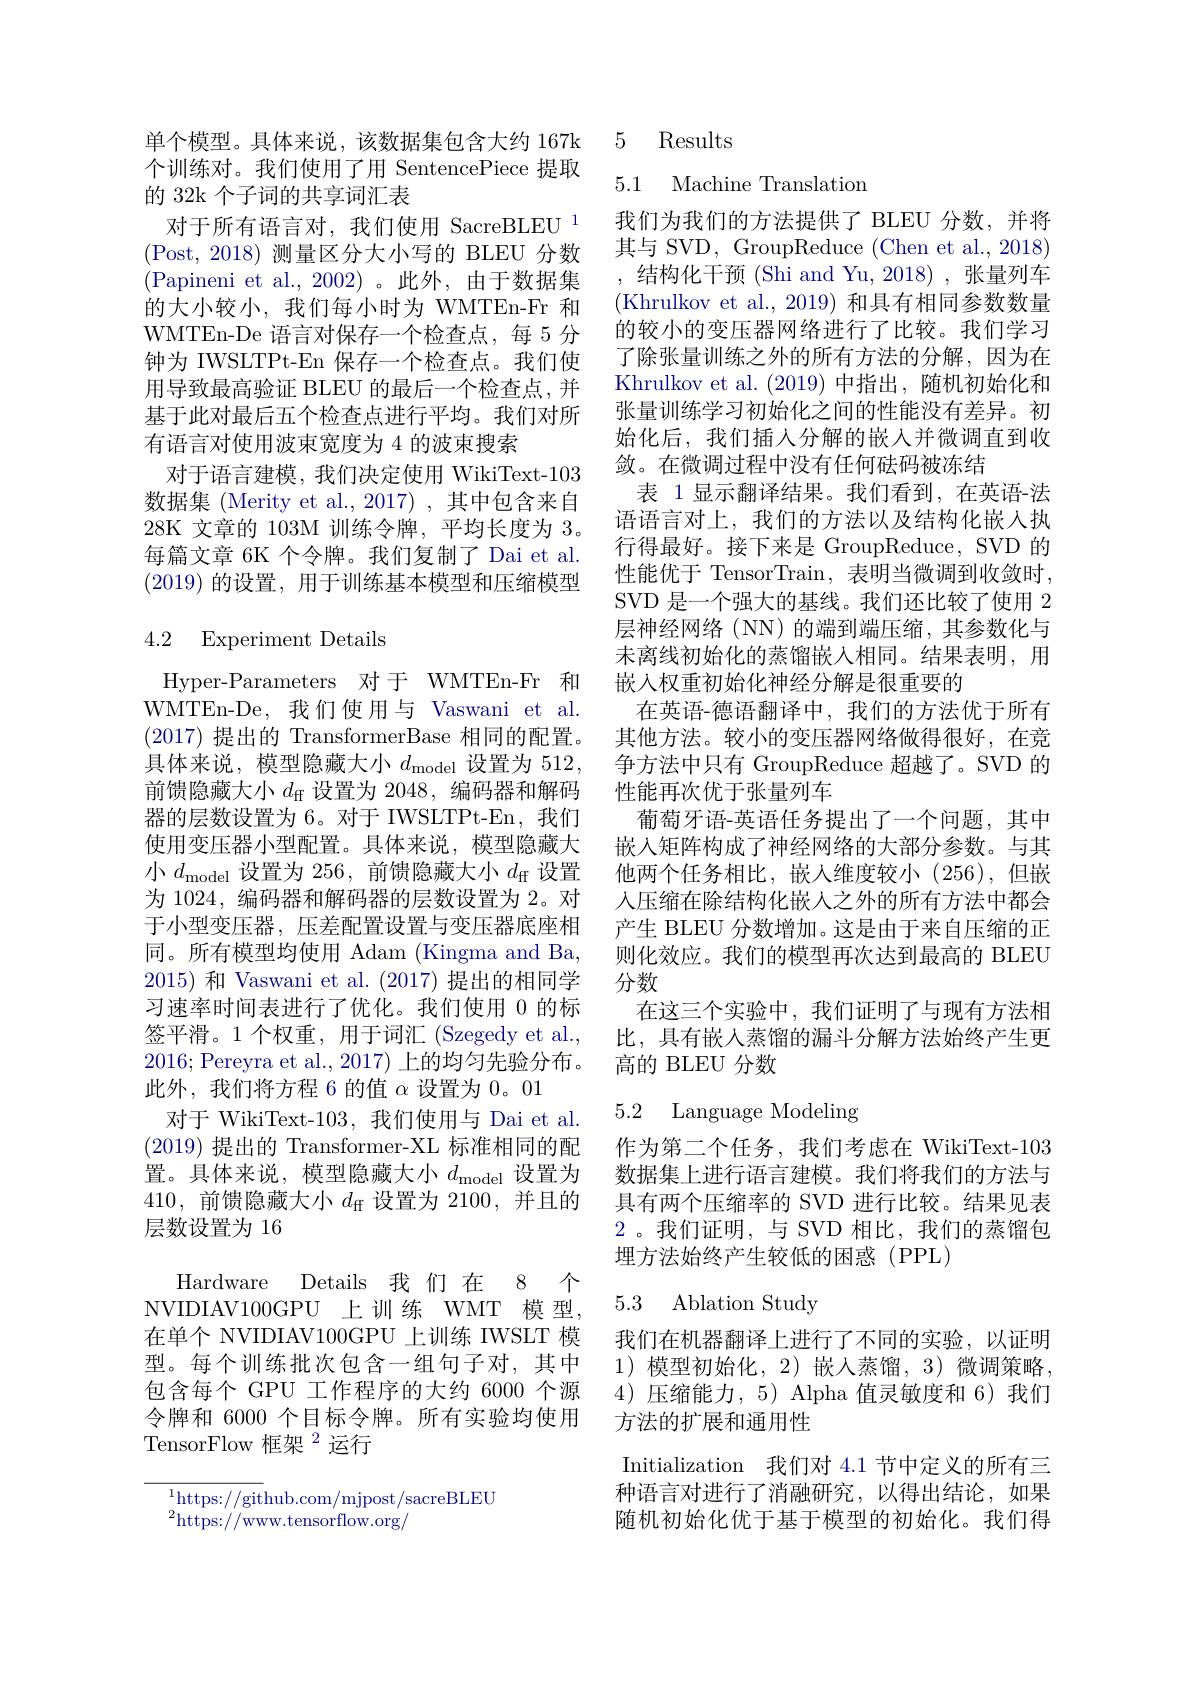
个训练对。我们使用了用 SentencePiece 提取
的 32k 个子词的共享词汇表
对于所有语言对，我们使用 SacreBLEU $^{1}$ (Post,2018)测量区分大小写的 BLEU 分数(Papineni et al.,2002)。此外，由于数据集的大小较小，我们每小时为 WMTEn-Fr 和WMTEn-De 语言对保存一个检查点，每 5 分钟为 IWSLTPt-En 保存一个检查点。我们使用导致最高验证 BLEU 的最后一个检查点，并基于此对最后五个检查点进行平均。我们对所有语言对使用波束宽度为 4 的波束搜索
对于语言建模，我们决定使用 WikiText-103数据集 (Merity et al., 2017) , 其中包含来自28K 文章的 103M 训练令牌，平均长度为 3。每篇文章 6K 个令牌。我们复制了 Dai et al. (2019)的设置，用于训练基本模型和压缩模型

### 4.2 Experiment Details

Hyper-Parameters 对于 WMTEn-Fr 和WMTEn-De,我们使用与 Vaswani et al. (2017)提出的 TransformerBase 相同的配置。具体来说，模型隐藏大小$d_\mathrm{model}$设置为 512, 前馈隐藏大小$d_\mathrm{ff}$设置为 2048, 编码器和解码器的层数设置为 6。对于 IWSLTPt-En, 我们使用变压器小型配置。具体来说，模型隐藏大小$d_\mathrm{model}$设置为 256,前馈隐藏大小$d_\mathrm{ff}$ 设置为 1024, 编码器和解码器的层数设置为 2。对于小型变压器，压差配置设置与变压器底座相同。所有模型均使用 Adam (Kingma and Ba, 2015)和 Vaswani et al. (2017) 提出的相同学习速率时间表进行了优化。我们使用 0 的标签平滑。1 个权重，用于词汇 (Szegedy et al., 2016; Pereyra et al., 2017) 上的均匀先验分布。此外，我们将方程 6 的值$\alpha$设置为0。01
对于 WikiText-103,我们使用与 Dai et al. (2019)提出的 Transformer-XL 标准相同的配置。具体来说，模型隐藏大小$d_\mathrm{model}$设置为410,前馈隐藏大小$d_\mathrm{ff}$设置为 2100,并且的层数设置为 16

Hardware Details 我们在 8 个NVIDIAV100GPU 上训练 WMT 模 型， 在单个 NVIDIAV100GPU 上训练 IWSLT 模型。每个训练批次包含一组句子对，其中包含每个 GPU 工作程序的大约 6000 个源令牌和 6000 个目标令牌。所有实验均使用TensorFlow 框架$^{2}$运行

$^{1}$https://github.com/mjpost/sacreBLEU

$^{2}$https://ww.tensorflow.org/

单个模型。具体来说，该数据集包含大约 167k 5 Results

## 5.1 Machine Translation

我们为我们的方法提供了 BLEU 分数，并将其与 SVD, GroupReduce (Chen et al., 2018) ,结构化干预(Shi and Yu,2018),张量列车(Khrulkov et al.,2019)和具有相同参数数量的较小的变压器网络进行了比较。我们学习了除张量训练之外的所有方法的分解，因为在Khrulkov et al.(2019)中指出，随机初始化和张量训练学习初始化之间的性能没有差异。初始化后，我们插人分解的嵌入并微调直到收敛。在微调过程中没有任何砝码被冻结
表 1 显示翻译结果。我们看到，在英语-法语语言对上，我们的方法以及结构化嵌入执行得最好。接下来是 GroupReduce, SVD 的性能优于 TensorTrain,表明当微调到收敛时， SVD 是一个强大的基线。我们还比较了使用 2层神经网络(NN)的端到端压缩，其参数化与未离线初始化的蒸馏嵌入相同。结果表明，用嵌入权重初始化神经分解是很重要的
在英语-德语翻译中，我们的方法优于所有其他方法。较小的变压器网络做得很好，在竞争方法中只有 GroupReduce 超越了。SVD 的性能再次优于张量列车
葡萄牙语-英语任务提出了一个问题，其中嵌入矩阵构成了神经网络的大部分参数。与其他两个任务相比，嵌入维度较小(256),但嵌人压缩在除结构化嵌入之外的所有方法中都会产生 BLEU 分数增加。这是由于来自压缩的正则化效应。我们的模型再次达到最高的 BLEU 分数
在这三个实验中，我们证明了与现有方法相比，具有嵌入蒸馏的漏斗分解方法始终产生更高的 BLEU 分数

# 5.2 Language Modeling

作为第二个任务，我们考虑在 WikiText-103数据集上进行语言建模。我们将我们的方法与具有两个压缩率的 SVD 进行比较。结果见表2。我们证明，与 SVD 相比，我们的蒸馏包埋方法始终产生较低的困惑(PPL)

## 5.3 Ablation Study

我们在机器翻译上进行了不同的实验，以证明1)模型初始化，2)嵌人蒸馏，3)微调策略， 4)压缩能力，5) Alpha 值灵敏度和 6)我们方法的扩展和通用性

Initialization 我们对 4.1 节中定义的所有三种语言对进行了消融研究，以得出结论，如果随机初始化优于基于模型的初始化。我们得